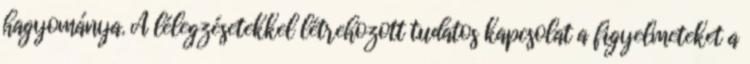
hagyománya. A lélegzésetekkel létrehozott tudatos kapcsolat a figyelmeteket a